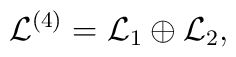
{\mathcal{L}}^{(4)}={\mathcal{L}}_1\oplus{\mathcal{L}}_2,